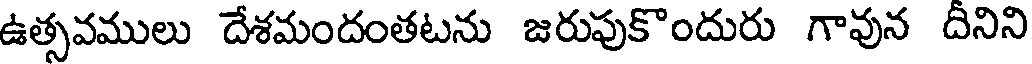
ఉత్సవములు దేశమందంతటను జరుపుకొందురు గావున దినిని